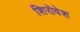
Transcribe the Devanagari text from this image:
शिरोवेश